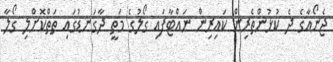
ޖެނޯއާގެ ދެ ކުޅުންތެރިން ކައިރިން ނައްޓާފައި ގޯލުގެ މަތީ ދާގަނޑުގައި ތަތްކޮށްލި ގޯލާ